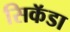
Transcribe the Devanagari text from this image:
सिकॅडा